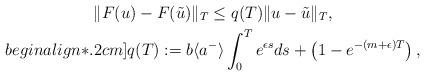
LaTeX: \begin{gather*} \|F(u) - F(\tilde{u}) \|_T \leq q(T)\|u - \tilde{u}\|_T, \\begin{align*}.2cm] q(T):=b\langle a^{-} \rangle \int_0^T e^{\epsilon s} ds + \left( 1 -e^{-(m+\epsilon)T}\right), \end{gather*}